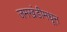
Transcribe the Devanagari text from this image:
जमखंडीमधून